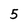
Character: 5